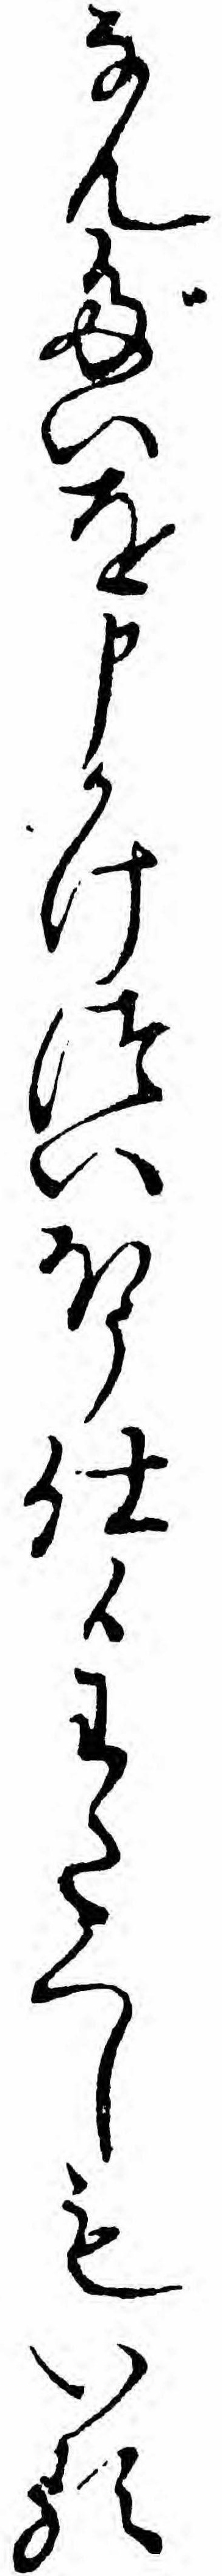
なんだいを申かけついほう仕候わたくしもいる